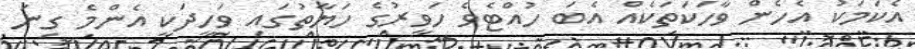
އެކަމަކު އެހެން ވާހަކަތަކެއް އެބަ ހުއްޓެވެ ހަވީރުގެ ހަޔާތުގައި ވަހީދަކީ އެންމެ ގިނަ